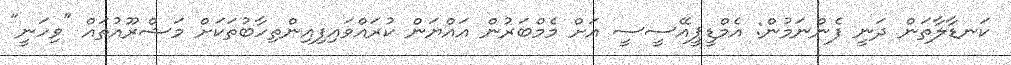
ކަނޑާލާތަން ދަނީ ފެންނަމުން: އެމްޑީޕީއޭސީސީ އަށް މެމްބަރުން އައްޔަން ކުރައްވައިފިއިންތިހާބުތަކަށް މަޝްރޫއުތައް "ވިހަނީ"